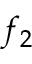
f _ { 2 }